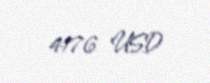
4176 USD